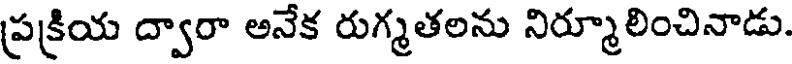
ప్రక్రియ ద్వారా అనేక రుగ్మతలను నిర్మూలించినాడు.